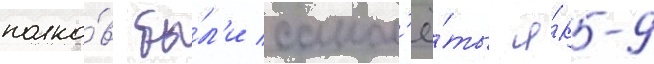
полко́в бы́л'и самол'ё́ты я́к-9